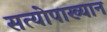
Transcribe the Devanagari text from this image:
सत्योपाख्यान